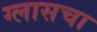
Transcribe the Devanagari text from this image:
ग्लासचा